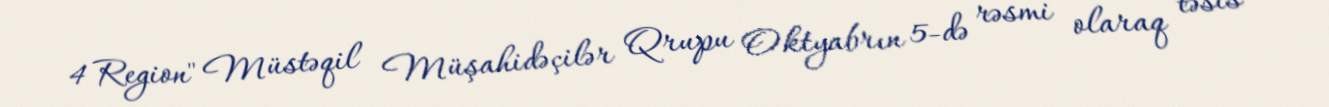
4 Region" Müstəqil Müşahidəçilər Qrupu Oktyabrın 5-də rəsmi olaraq təsis